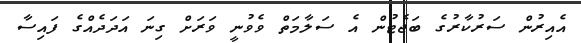
އެއިރުން ސަރުކާރުގެ ބަޖެޓުން އެ ސަލާމަތް ވެވުނީ ވަރަށް ގިނަ އަދަދެއްގެ ފައިސާ